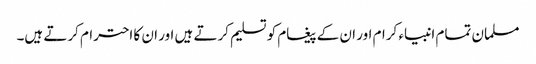
مسلمان تمام انبیاء کرام اور ان کے پیغام کو تسلیم کرتے ہیں اور ان کا احترام کرتے ہیں۔